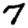
Digit: 7